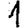
Digit: 1